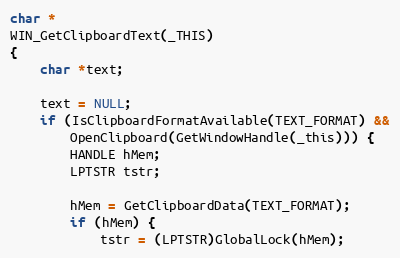
Language: C
char *
WIN_GetClipboardText(_THIS)
{
    char *text;

    text = NULL;
    if (IsClipboardFormatAvailable(TEXT_FORMAT) &&
        OpenClipboard(GetWindowHandle(_this))) {
        HANDLE hMem;
        LPTSTR tstr;

        hMem = GetClipboardData(TEXT_FORMAT);
        if (hMem) {
            tstr = (LPTSTR)GlobalLock(hMem);